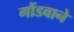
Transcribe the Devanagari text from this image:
गौंडवाने